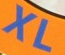
XL